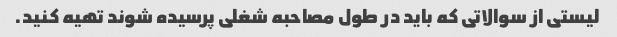
لیستی از سوالاتی که باید در طول مصاحبه شغلی پرسیده شوند تهیه کنید.